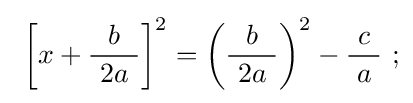
\ \left[x+{\frac {b}{\ 2a\ }}\right]^{2}=\left({\frac {b}{\ 2a\ }}\right)^{2}-{\frac {\ c\ }{a}}\ ;